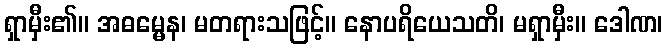
ရှာမှီး၏။ အဓမ္မေန၊ မတရားသဖြင့်။ နောပရိယေသတိ၊ မရှာမှီး။ ဒေါဏ၊